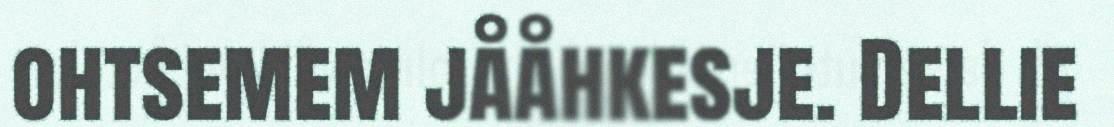
ohtsemem jååhkesje. Dellie